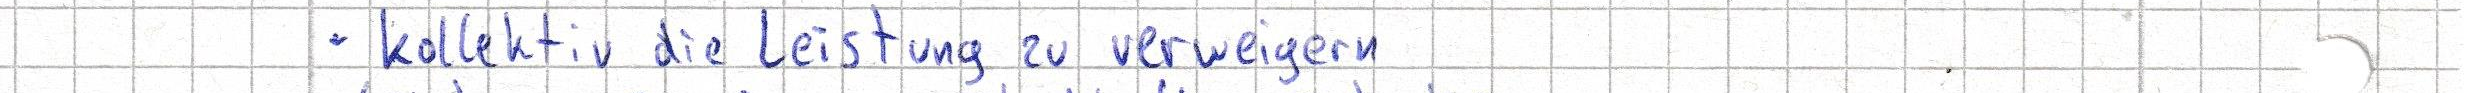
- kollektiv die Leistung zu verweigern